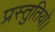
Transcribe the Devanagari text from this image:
प्रस्तुतियो।